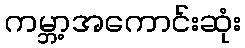
ကမ္ဘာ့အကောင်းဆုံး